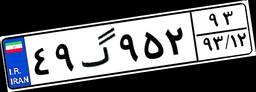
۴۹گ۹۵۲۹۳